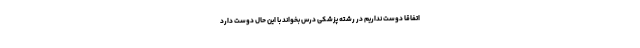
اتفاقاً دوست نداریم در رشته پزشکی درس بخواند با این حال دوست دارد